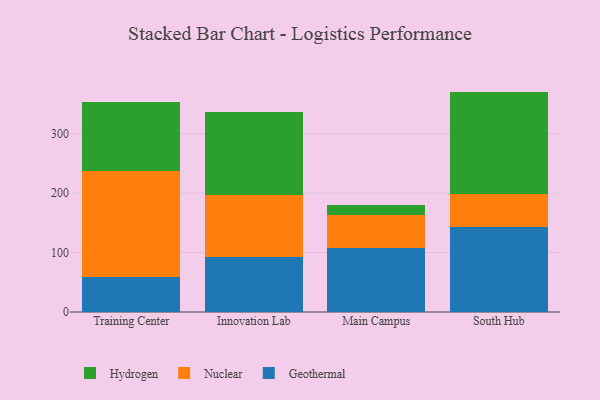
{"axis": {"x": "Campus", "y": "Customer Acquisition Cost (USD)"}, "legend": ["Geothermal", "Hydrogen", "Nuclear"], "data": [{"x": "Training Center", "y": 58.9, "type": "Geothermal"}, {"x": "Training Center", "y": 178.8, "type": "Nuclear"}, {"x": "Training Center", "y": 115.5, "type": "Hydrogen"}, {"x": "Innovation Lab", "y": 92.4, "type": "Geothermal"}, {"x": "Innovation Lab", "y": 105.1, "type": "Nuclear"}, {"x": "Innovation Lab", "y": 139.1, "type": "Hydrogen"}, {"x": "Main Campus", "y": 107.6, "type": "Geothermal"}, {"x": "Main Campus", "y": 56.0, "type": "Nuclear"}, {"x": "Main Campus", "y": 17.0, "type": "Hydrogen"}, {"x": "South Hub", "y": 143.1, "type": "Geothermal"}, {"x": "South Hub", "y": 56.2, "type": "Nuclear"}, {"x": "South Hub", "y": 171.5, "type": "Hydrogen"}]}